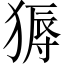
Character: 𬌽